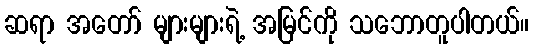
ဆရာ အတော် များများရဲ့ အမြင်ကို သဘောတူပါတယ်။